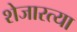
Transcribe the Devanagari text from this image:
शेजारत्या